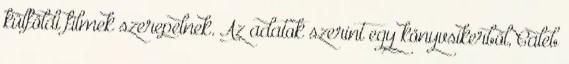
külföldi filmek szerepelnek. Az adatok szerint egy könyvsikerből, Caleb